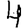
Digit: 4